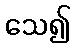
သေ၍